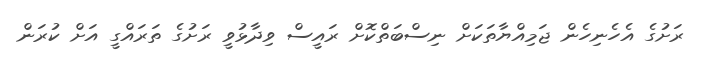
ރަށުގެ އެހެނިހެން ޖަމިއްްޔާތަކަށް ނިސްބަތްކޮށް ރައީސް ވިދާޅުވީ ރަށުގެ ތަރައްގީ އަށް ކުރަން